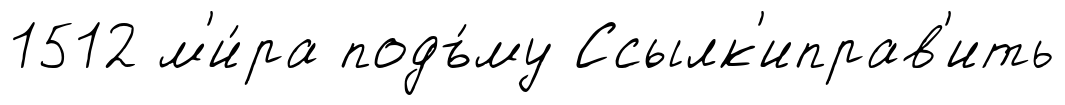
1512 м'и́ра подъ́му Ссылк'иправ'ить